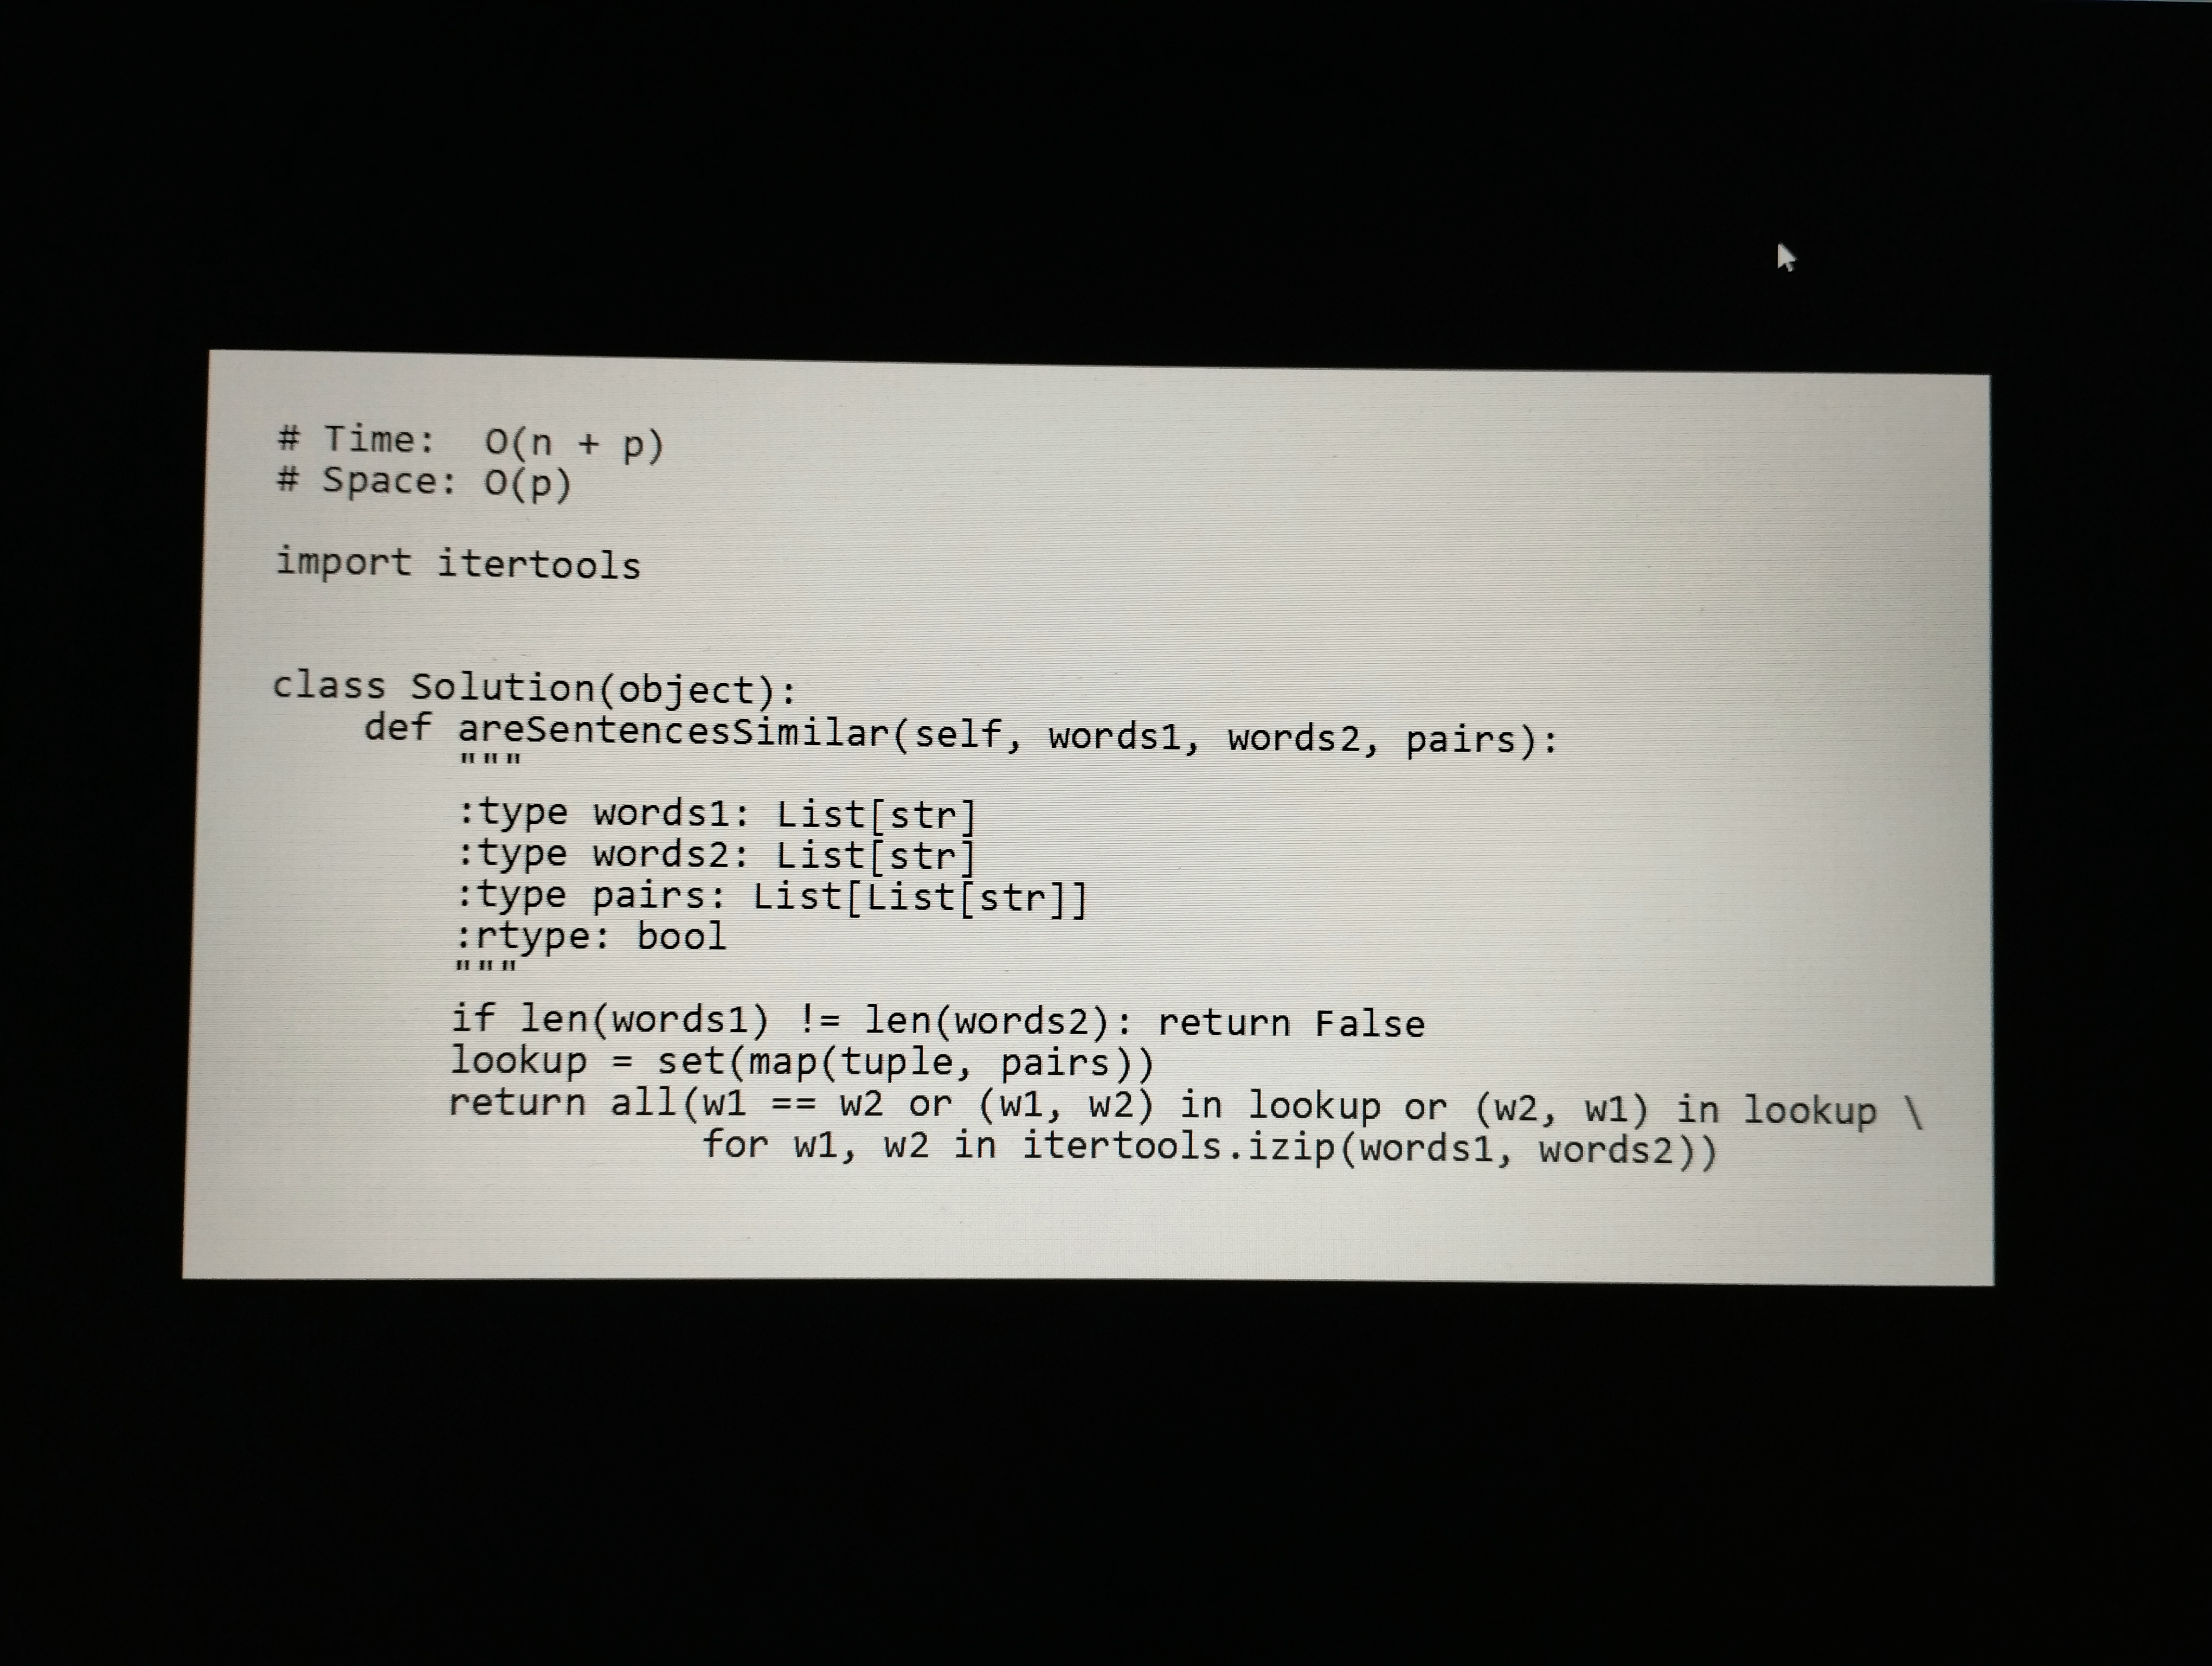
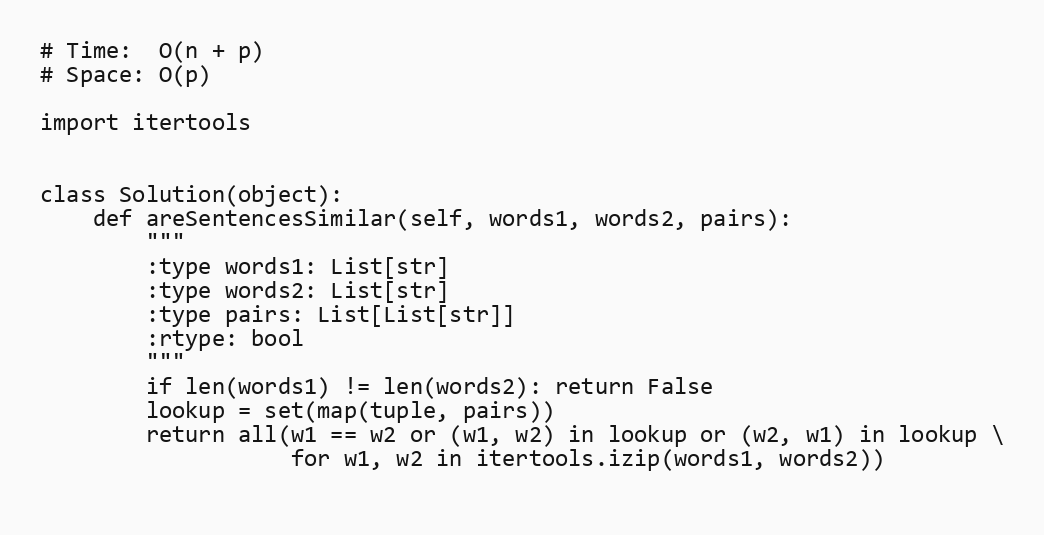
# Time:  O(n + p)
# Space: O(p)

import itertools

class Solution(object):
    def areSentencesSimilar(self, words1, words2, pairs):
        """
        :type words1: List[str]
        :type words2: List[str]
        :type pairs: List[List[str]]
        :rtype: bool
        """
        if len(words1) != len(words2): return False
        lookup = set(map(tuple, pairs))
        return all(w1 == w2 or (w1, w2) in lookup or (w2, w1) in lookup \
                   for w1, w2 in itertools.izip(words1, words2))